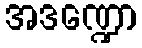
အဒဏ္ဍော